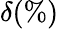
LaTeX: \delta(\% )